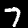
Digit: 7